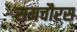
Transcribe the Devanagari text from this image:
समचौरस